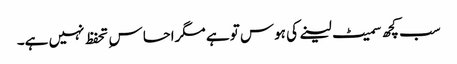
سب کچھ سمیٹ لینے کی ہوس تو ہے مگراحساس ِ تحفظ نہیں ہے۔